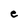
Character: e